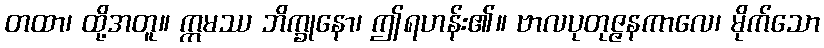
တထာ၊ ထို့အတူ။ ဣမဿ ဘိက္ခုနော၊ ဤရဟန်း၏။ ဗာလပုတုဇ္ဇနကာလေ၊ မိုက်သော